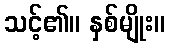
သင့်၏။ နှစ်မျိုး။